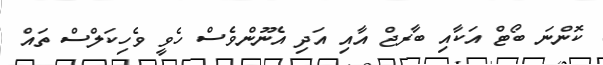
ކޮންނަ ބޯޓް އަކާއި ބާރޖް އާއި އަދި އެނޫންވެސް ހެވީ ވެހިކަލްސް ތައް